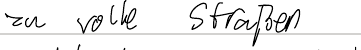
zu volle Straßen